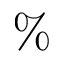
\%